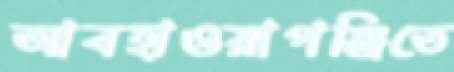
আবহাওয়াপঞ্জিতে